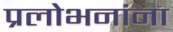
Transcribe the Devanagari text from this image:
प्रलोभनांना